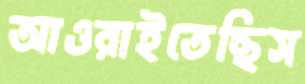
আওরাইতেছিস